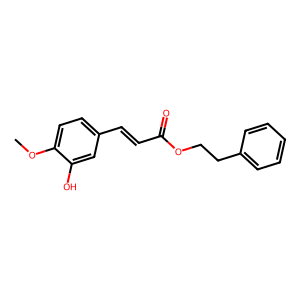
SMILES: COc1ccc(C=CC(=O)OCCc2ccccc2)cc1O
Inhibits HIV replication: No